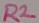
Text: R2